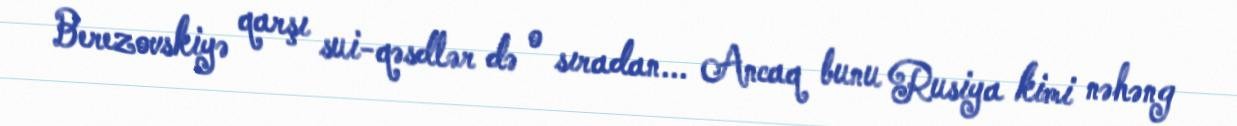
Berezovskiyə qarşı sui-qəsdlər də o sıradan... Ancaq bunu Rusiya kimi nəhəng